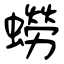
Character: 蟧